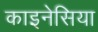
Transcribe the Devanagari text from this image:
काइनेसिया